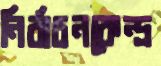
নির্বাচনকেন্দ্র